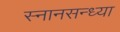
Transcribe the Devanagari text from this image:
स्नानसन्ध्या